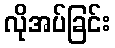
လိုအပ်ခြင်း